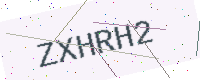
Text: ZXHRH2